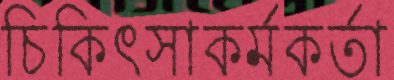
চিকিৎসাকর্মকর্তা